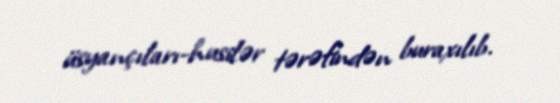
üsyançıları-husilər tərəfindən buraxılıb.